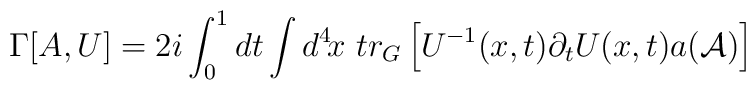
\Gamma[A,U]=2i\int_0^1dt\int d^4\!x\ tr_G\left[U^{-1}(x,t)\partial_tU(x,t)a({\cal A})\right]